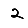
Digit: 2